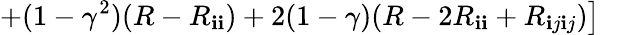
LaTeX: \left.+(1-\gamma^{2})(R-R_{\mathbf{i}\mathbf{i}})+2(1-\gamma)(R-2R_{\mathbf{i}\mathbf{i}}+R_{\mathbf{i}j\mathbf{i}j})\right]~~~